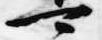
可